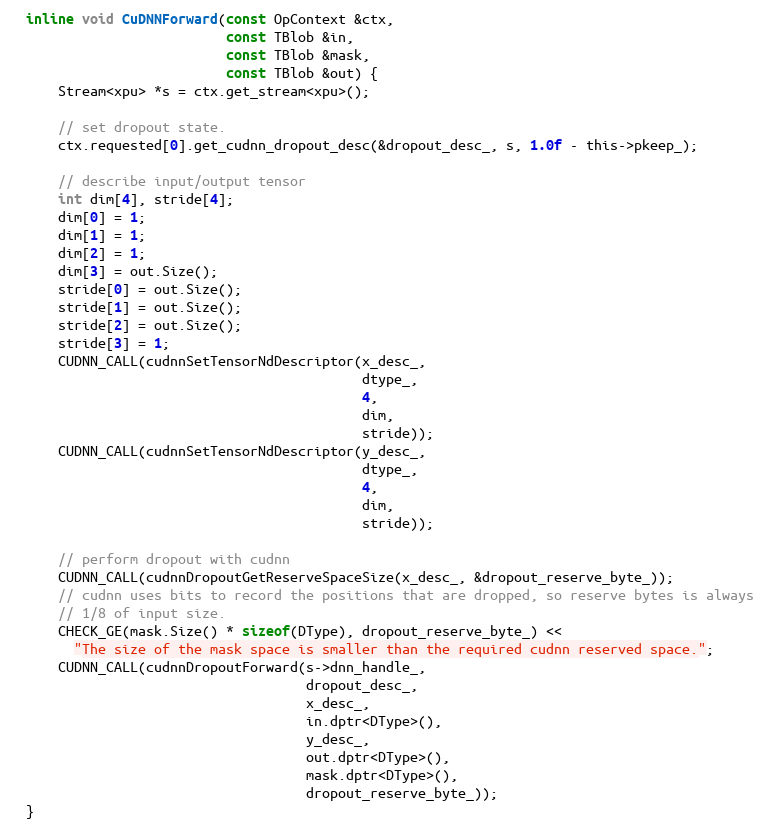
Language: C
  inline void CuDNNForward(const OpContext &ctx,
                           const TBlob &in,
                           const TBlob &mask,
                           const TBlob &out) {
      Stream<xpu> *s = ctx.get_stream<xpu>();

      // set dropout state.
      ctx.requested[0].get_cudnn_dropout_desc(&dropout_desc_, s, 1.0f - this->pkeep_);

      // describe input/output tensor
      int dim[4], stride[4];
      dim[0] = 1;
      dim[1] = 1;
      dim[2] = 1;
      dim[3] = out.Size();
      stride[0] = out.Size();
      stride[1] = out.Size();
      stride[2] = out.Size();
      stride[3] = 1;
      CUDNN_CALL(cudnnSetTensorNdDescriptor(x_desc_,
                                            dtype_,
                                            4,
                                            dim,
                                            stride));
      CUDNN_CALL(cudnnSetTensorNdDescriptor(y_desc_,
                                            dtype_,
                                            4,
                                            dim,
                                            stride));

      // perform dropout with cudnn
      CUDNN_CALL(cudnnDropoutGetReserveSpaceSize(x_desc_, &dropout_reserve_byte_));
      // cudnn uses bits to record the positions that are dropped, so reserve bytes is always
      // 1/8 of input size.
      CHECK_GE(mask.Size() * sizeof(DType), dropout_reserve_byte_) <<
        "The size of the mask space is smaller than the required cudnn reserved space.";
      CUDNN_CALL(cudnnDropoutForward(s->dnn_handle_,
                                     dropout_desc_,
                                     x_desc_,
                                     in.dptr<DType>(),
                                     y_desc_,
                                     out.dptr<DType>(),
                                     mask.dptr<DType>(),
                                     dropout_reserve_byte_));
  }